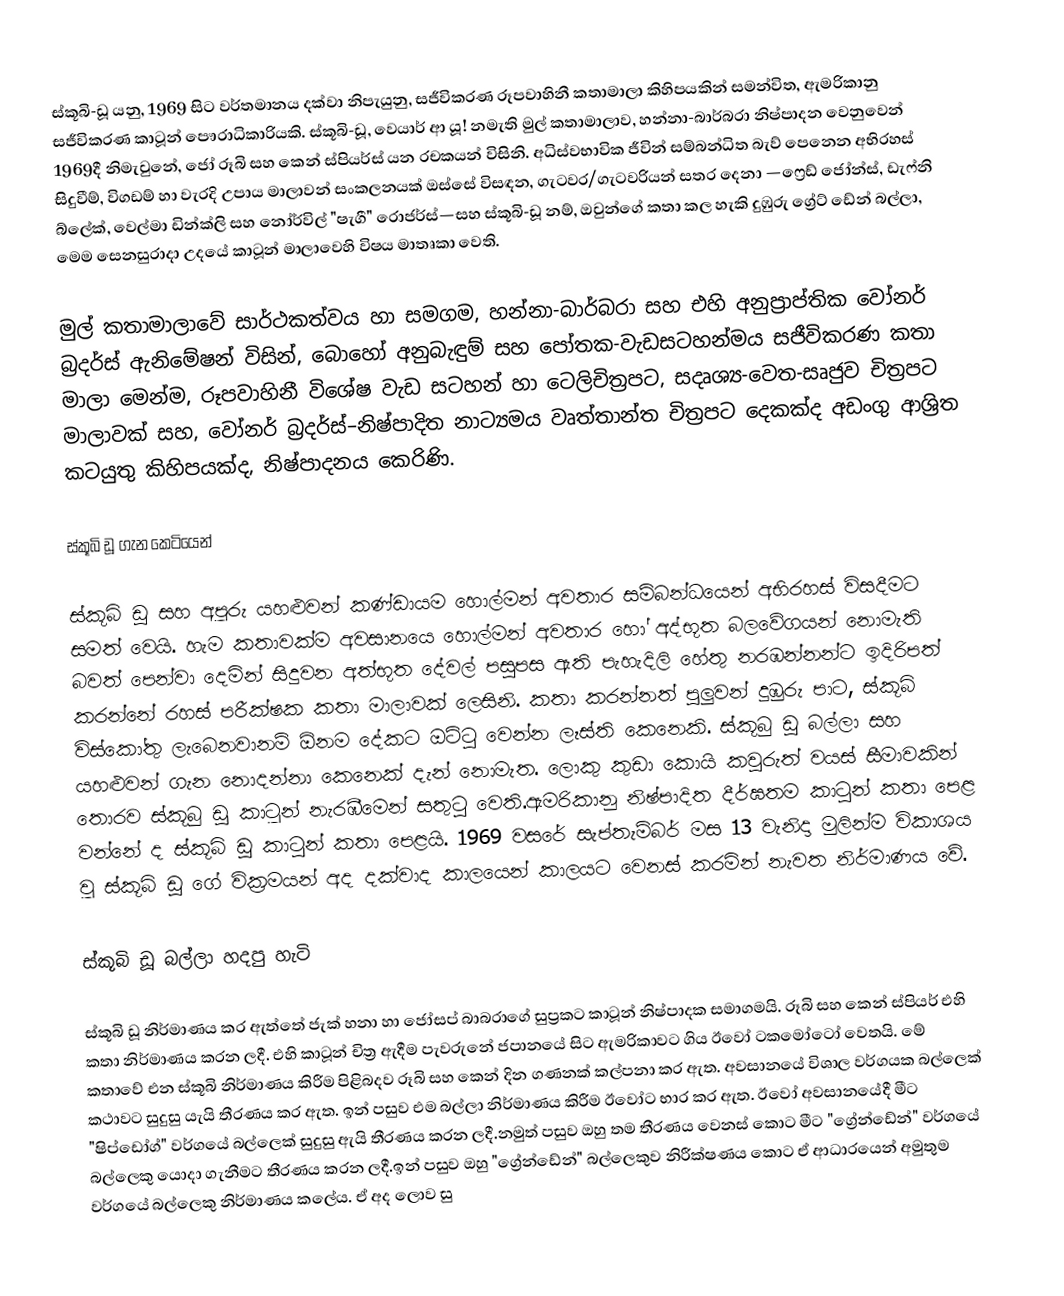
ස්කූබි-ඩූ යනු, 1969 සිට වර්තමානය දක්වා නිපැයුනු, සජීවිකරණ රූපවාහිනී කතාමාලා කිහිපයකින් සමන්විත,  ඇමරිකානු සජීවිකරණ කාටූන් පෞරාධිකාරියකි. ස්කූබි-ඩූ, වෙයාර් ආ යූ! නමැති මුල් කතාමාලාව, හන්නා-බාර්බරා නිෂ්පාදන වෙනුවෙන් 1969දී නිමැවුනේ,  ජෝ රූබි සහ කෙන් ස්පියර්ස් යන රචකයන් විසිනි. අධිස්වභාවික ජීවින් සම්බන්ධිත බැව් පෙනෙන අභිරහස් සිදුවීම්, විගඩම් හා වැරදි උපාය මාලාවන් සංකලනයක් ඔස්සේ විසඳන, ගැටවර/ගැටවරියන් සතර දෙනා —ෆ්‍රෙඩ් ජෝන්ස්, ‍ඩැෆ්නි බ්ලේක්, වෙල්මා ඩින්ක්ලි සහ නෝර්විල් "ෂැගී" රොජර්ස්—සහ ස්කූබි-ඩූ නම්, ඔවුන්ගේ කතා කල හැකි දුඹුරු ග්‍රේට් ඩේන් බල්ලා, මෙම  සෙනසුරාදා උදයේ කාටූන් මාලාවෙහි විෂය මාතෘකා වෙති.

මුල් කතාමාලාවේ සාර්ථකත්වය හා සමගම, හන්නා-බාර්බරා සහ එහි අනුප්‍රාප්තික වෝනර් බ්‍රදර්ස් ඇනිමේෂන් විසින්, බොහෝ අනුබැඳුම් සහ පෝතක-වැඩසටහන්මය සජීවිකරණ කතා මාලා මෙන්ම, රූපවාහිනී විශේෂ වැඩ සටහන් හා ටෙලිචිත්‍රපට,  සදෘශ්‍ය-වෙත-සෘජුව චිත්‍රපට මාලාවක් සහ, වෝනර් බ්‍රදර්ස්–නිෂ්පාදිත නාට්‍යමය වෘත්තාන්ත චිත්‍රපට දෙකක්ද අඩංගු ආශ්‍රිත කටයුතු කිහිපයක්ද, නිෂ්පාදනය කෙරිණි.

ස්කූබි ඩූ ගැන කෙටියෙන්

ස්කූබි ඩූ සහ අපූරු යහළුවන් කණ්ඩායම හොල්මන් අවතාර සම්බන්ධයෙන් අභිරහස් විසදීමට සමත් වෙයි. හැම කතාවක්ම අවසානයෙ හොල්මන් අවතාර හෝ අද්භූත බලවේගයන් නොමැති බවත් පෙන්වා දෙමින් සිදුවන අත්භූත දේවල් පසුපස ඇති පැහැදිලි හේතු නරඹන්නන්ට ඉදිරිපත් කරන්නේ රහස් පරීක්ෂක කතා මාලාවක් ලෙසිනි. කතා කරන්නත් පුලුවන් දුඹුරු පාට, ස්කූබි විස්කෝතු ලැබෙනවානම් ඕනම දේකට ඔට්ටු වෙන්න ලෑස්ති කෙනෙකි. ස්කූබු ඩූ බල්ලා සහ යහළුවන් ගැන නොදන්නා කෙනෙක් දැන් නොමැත. ලොකු කුඩා කොයි කවුරුත් වයස් සීමාවකින් තොරව ස්කූබු ඩූ කාටූන් නැරඹීමෙන් සතුටු වෙති.ඇමරිකානු නිෂ්පාදිත දීර්ඝතම කාටුන් කතා පෙළ වන්නේ ද ස්කූබි ඩූ කාටුන් කතා පෙළයි. 1969 වසරේ සැප්තැම්බර් මස 13 වැනිදා මුලින්ම විකාශය වූ ස්කූබි ඩූ ගේ වික්‍රමයන් අද දක්වාද කාලයෙන් කාලයට වෙනස් කරමින් නැවත නිර්මාණය වේ.

ස්කූබි ඩූ බල්ලා හදපු හැටි

ස්කූබි ඩූ නිර්මාණය කර ඇත්තේ ජැක් හනා හා ජෝසප් බාබරාගේ සුප්‍රකට කාටූන් නිෂ්පාදක සමාගමයි. රූබි සහ කෙන් ස්පියර් එහි කතා නිර්මාණය කරන ලදී. එහි කාටූන් චිත්‍ර ඇදීම පැවරුනේ ජපානයේ සිට ඇමරිකාවට ගිය ඊවෝ ටකමෝටෝ වෙතයි. මේ කතාවේ එන ස්කූබි නිර්මාණය කිරීම පිළිබදව රූබි සහ කෙන් දින ගණනක් කල්පනා කර ඇත. අවසානයේ විශාල වර්ගයක බල්ලෙක් කථාවට සුදුසු යැයි තීරණය කර ඇත. ඉන් පසුව එම බල්ලා නිර්මාණය කිරීම ඊවෝට භාර කර ඇත. ඊවෝ අවසානයේදී මීට "ෂිප්ඩෝග්" වර්ගයේ බල්ලෙක් සුදුසු ඇයි තීරණය කරන ලදී.නමුත් පසුව ඔහු තම තීරණය වෙනස් කොට මීට "ග්‍රේන්ඩේන්" වර්ගයේ බල්ලෙකු යොදා ගැනීමට තීරණය කරන ලදී.ඉන් පසුව ඔහු "ග්‍රේන්ඩේන්" බල්ලෙකුව නිරීක්ෂණය කොට ඒ ආධාරයෙන් අමුතුම වර්ගයේ බල්ලෙකු නිර්මාණය කලේය. ඒ අද ලොව සු